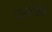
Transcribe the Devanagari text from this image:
धमार्माची